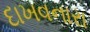
દાખવનારા